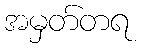
အမှတ်တရ